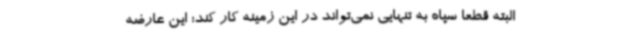
البته قطعا سپاه به تنهایی نمی‌تواند در این زمینه کار کند؛ این عارضه